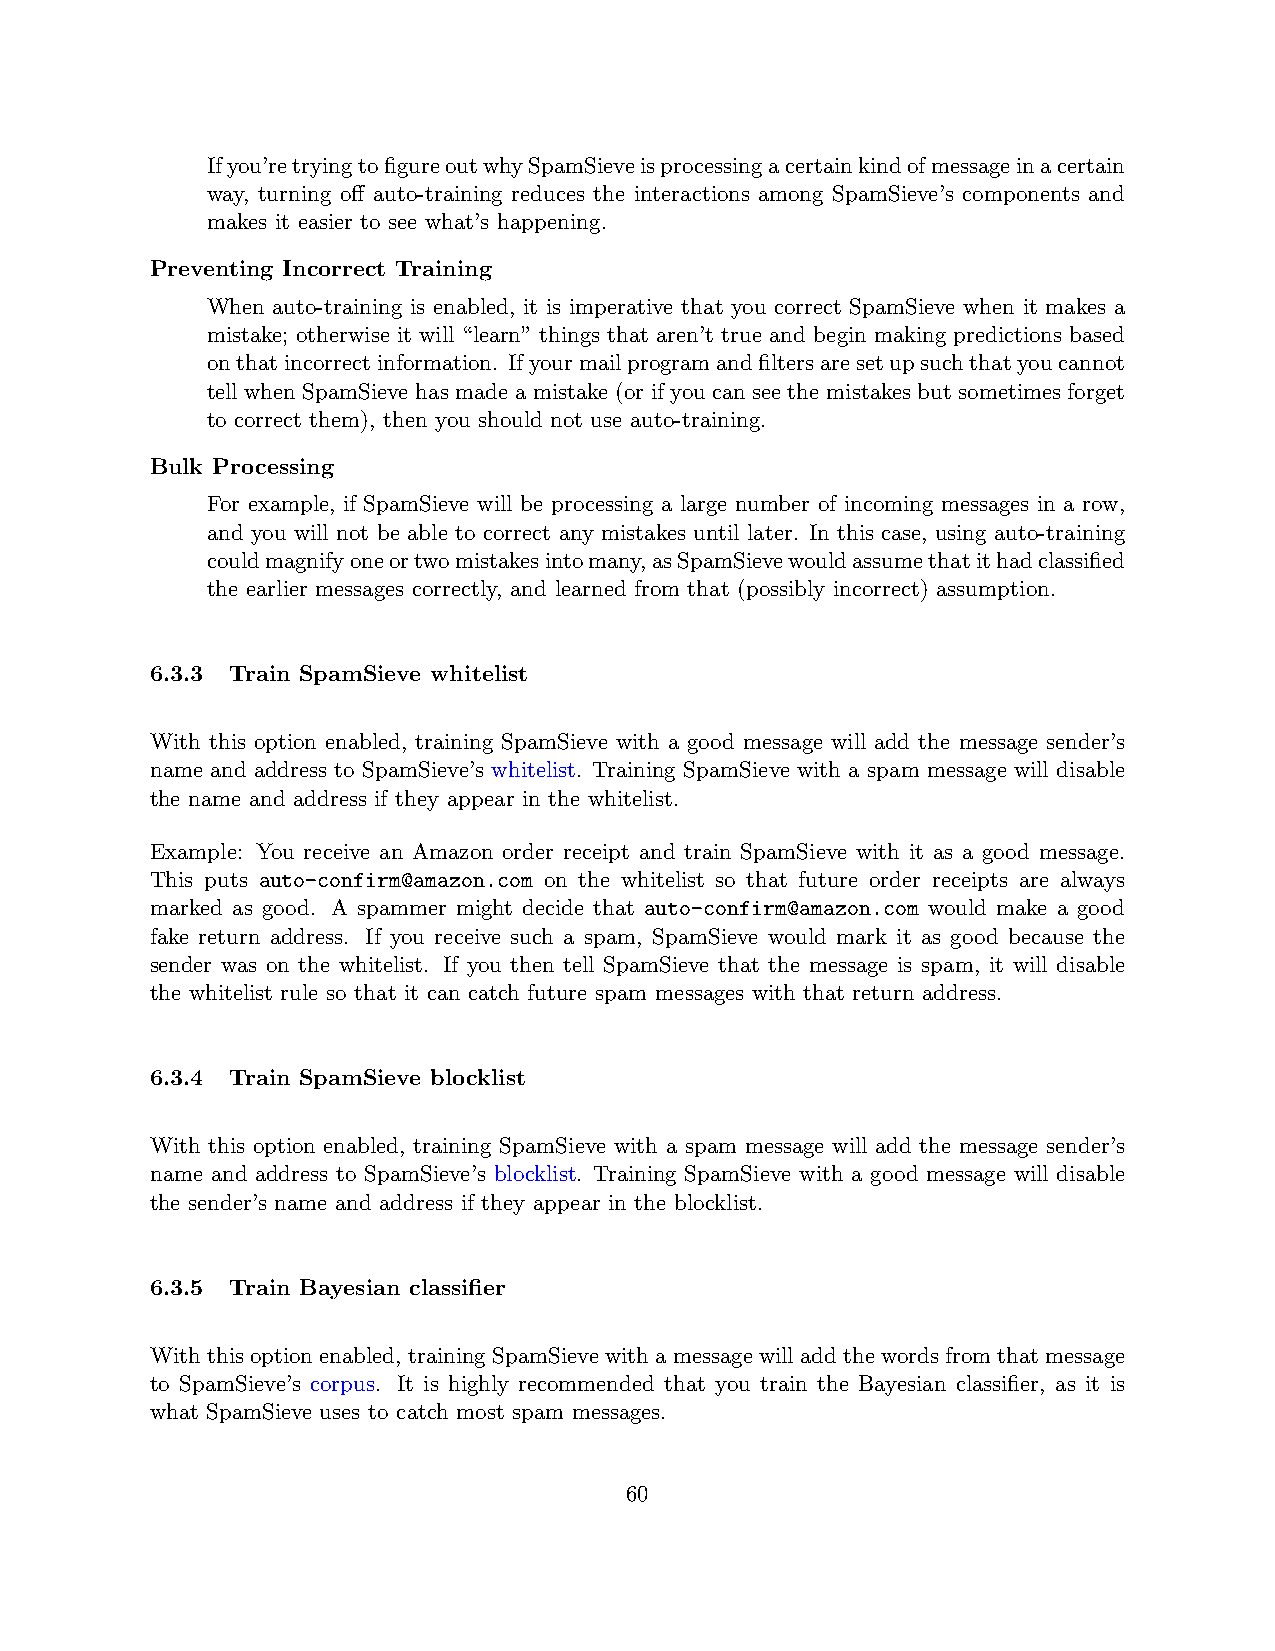
Ifyou’retryingtofigureoutwhySpamSieveisprocessingacertainkindofmessageinacertain
 way, turning off auto-training reduces the interactions among SpamSieve’s components and
 makes it easier to see what’s happening.
 Preventing Incorrect Training
 When auto-training is enabled, it is imperative that you correct SpamSieve when it makes a
 mistake; otherwise it will “learn” things that aren’t true and begin making predictions based
 onthatincorrectinformation. Ifyourmailprogramandfiltersaresetupsuchthatyoucannot
 tell when SpamSieve has made a mistake (or if you can see the mistakes but sometimes forget
 to correct them), then you should not use auto-training.
 Bulk Processing
 For example, if SpamSieve will be processing a large number of incoming messages in a row,
 and you will not be able to correct any mistakes until later. In this case, using auto-training
 couldmagnifyoneortwomistakesintomany,asSpamSievewouldassumethatithadclassified
 the earlier messages correctly, and learned from that (possibly incorrect) assumption.
 6.3.3 Train SpamSieve whitelist
 With this option enabled, training SpamSieve with a good message will add the message sender’s
 name and address to SpamSieve’s whitelist. Training SpamSieve with a spam message will disable
 the name and address if they appear in the whitelist.
 Example: You receive an Amazon order receipt and train SpamSieve with it as a good message.
 This puts auto-confirm@amazon.com on the whitelist so that future order receipts are always
 marked as good. A spammer might decide that auto-confirm@amazon.com would make a good
 fake return address. If you receive such a spam, SpamSieve would mark it as good because the
 sender was on the whitelist. If you then tell SpamSieve that the message is spam, it will disable
 the whitelist rule so that it can catch future spam messages with that return address.
 6.3.4 Train SpamSieve blocklist
 With this option enabled, training SpamSieve with a spam message will add the message sender’s
 name and address to SpamSieve’s blocklist. Training SpamSieve with a good message will disable
 the sender’s name and address if they appear in the blocklist.
 6.3.5 Train Bayesian classifier
 Withthisoptionenabled, trainingSpamSievewithamessagewilladdthewordsfromthatmessage
 to SpamSieve’s corpus. It is highly recommended that you train the Bayesian classifier, as it is
 what SpamSieve uses to catch most spam messages.
 60